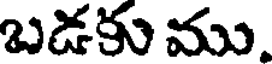
బడకు ము.